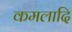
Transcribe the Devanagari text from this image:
कमलादि